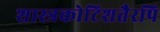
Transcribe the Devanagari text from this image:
शास्त्रकोटिशतैरपि